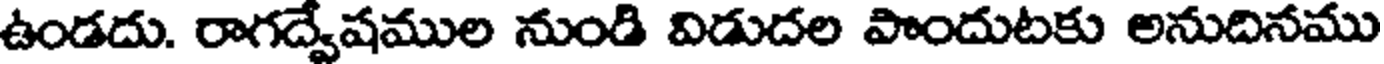
ఉండదు. రాగద్వేషముల నుండి విడుదల పొందుటకు అనుదినము